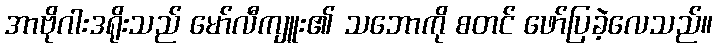
အာဗိုဂါးဒရိုးသည် မော်လီကျူး၏ သဘောကို စတင် ဖော်ပြခဲ့လေသည်။